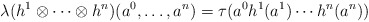
\begin{align*}\lambda(h^1 \otimes \cdots \otimes h^n)(a^0,\dots,a^n)=\tau(a^0 h^1(a^1)\cdots h^n(a^n) )\end{align*}